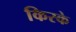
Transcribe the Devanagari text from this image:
किरके